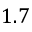
1 . 7